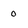
Character: o